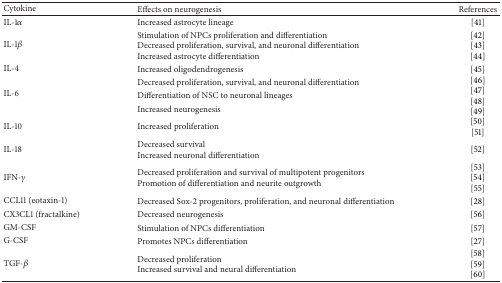
| Cytokine | Effects on neurogenesis | References |
 | --- | --- | --- |
 | IL-1α | Increased astrocyte lineage | [41] |
 | IL-1β | Stimulation of NPCs proliferation and differentiationDecreased proliferation, survival, and neuronal differentiationIncreased astrocyte differentiation | [42][43][44] |
 | IL-4 | Increased oligodendrogenesis | [45] |
 | <ROWSPAN=3> IL-6 | Decreased proliferation, survival, and neuronal differentiation | <ROWSPAN=3> [46][47][48][49] |
 | Differentiation of NSC to neuronal lineages |
 | Increased neurogenesis |
 | IL-10 | Increased proliferation | [50][51] |
 | IL-18 | Decreased survivalIncreased neuronal differentiation | [52] |
 | IFN-γ | Decreased proliferation and survival of multipotent progenitorsPromotion of differentiation and neurite outgrowth | [53][54][55] |
 | CCL11 (eotaxin-1) | Decreased Sox-2 progenitors, proliferation, and neuronal differentiation | [28] |
 | CX3CL1 (fractalkine) | Decreased neurogenesis | [56] |
 | GM-CSF | Stimulation of NPCs differentiation | [57] |
 | G-CSF | Promotes NPCs differentiation | [27] |
 | TGF-β | Decreased proliferationIncreased survival and neural differentiation | [58][59] [60] |